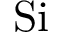
\mathrm { S i }